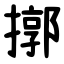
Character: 㨯